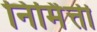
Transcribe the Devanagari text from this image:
निर्मित्ती